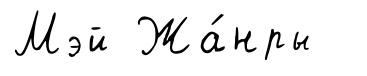
Мэй Жа́нры